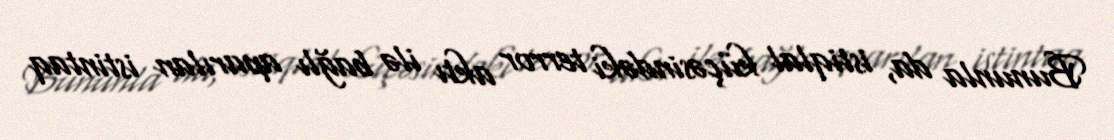
Bununla da, istiqlal küçəsindəki terror aktı ilə bağlı aparılan istintaq